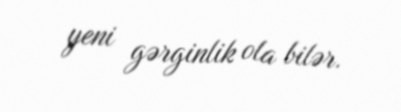
yeni gərginlik ola bilər.